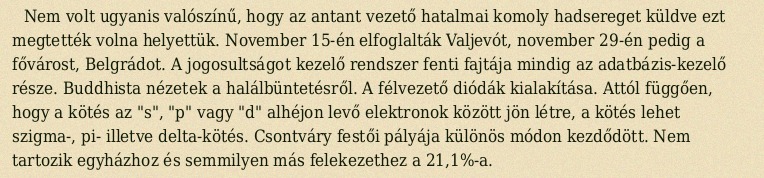
Nem volt ugyanis valószínű, hogy az antant vezető hatalmai komoly hadsereget küldve ezt megtették volna helyettük. November 15-én elfoglalták Valjevót, november 29-én pedig a fővárost, Belgrádot. A jogosultságot kezelő rendszer fenti fajtája mindig az adatbázis-kezelő része. Buddhista nézetek a halálbüntetésről. A félvezető diódák kialakítása. Attól függően, hogy a kötés az "s", "p" vagy "d" alhéjon levő elektronok között jön létre, a kötés lehet szigma-, pi- illetve delta-kötés. Csontváry festői pályája különös módon kezdődött. Nem tartozik egyházhoz és semmilyen más felekezethez a 21,1%-a.